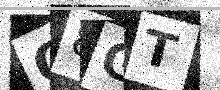
Text: Q8GT